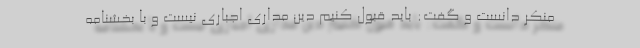
منکر دانست و گفت: باید قبول کنیم دین مداری اجباری نیست و با بخشنامه